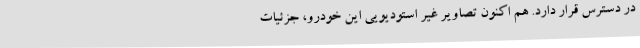
در دسترس قرار دارد. هم اکنون تصاویر غیر استودیویی این خودرو، جزئیات